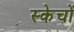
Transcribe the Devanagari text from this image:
स्केचों